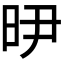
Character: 𭥞